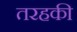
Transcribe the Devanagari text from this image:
तरहकी